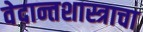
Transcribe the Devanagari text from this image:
वेदान्तशास्त्राचा